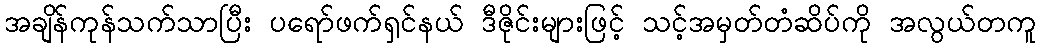
အချိန်ကုန်သက်သာပြီး ပရော်ဖက်ရှင်နယ် ဒီဇိုင်းများဖြင့် သင့်အမှတ်တံဆိပ်ကို အလွယ်တကူ